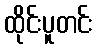
ထိုင်းပူတင်း